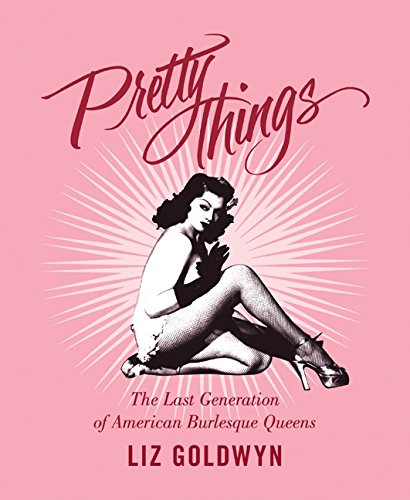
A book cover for Pretty Things: The Last Generation of American Burlesque Queens; Liz Goldwyn; Biographies & Memoirs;